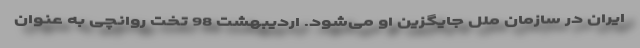
ایران در سازمان ملل جایگزین او می‌شود. اردیبهشت 98 تخت روانچی به عنوان